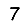
Digit: 7